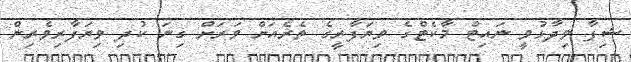
ޝިފާ ވިދާޅުވީ ނައިޓް މާކެޓްގެ ވިޔަފާރީގެ ތެރެއަށް ވަރަށް ގިނަ ކުދި ވިޔަފާރިވެރިން